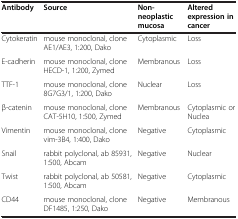
| Antibody | Source | Non-neoplastic mucosa | Altered expression in cancer |
 | --- | --- | --- | --- |
 | Cytokeratin | mouse monoclonal, clone AE1/AE3, 1:200, Dako | Cytoplasmic | Loss |
 | E-cadherin | mouse monoclonal, clone HECD-1, 1:200, Zymed | Membranous | Loss |
 | TTF-1 | mouse monoclonal, clone 8G7G3/1, 1:200, Dako | Nuclear | Loss |
 | β-catenin | mouse monoclonal, clone CAT-5H10, 1:500, Zymed | Membranous | Cytoplasmic or Nuclea |
 | Vimentin | mouse monoclonal, clone vim-3B4, 1:400, Dako | Negative | Cytoplasmic |
 | Snail | rabbit polyclonal, ab 85931, 1:500, Abcam | Negative | Nuclear |
 | Twist | rabbit polyclonal, ab 50581, 1:500, Abcam | Negative | Cytoplasmic |
 | CD44 | mouse monoclonal, clone DF1485, 1:250, Dako | Negative | Membranous |